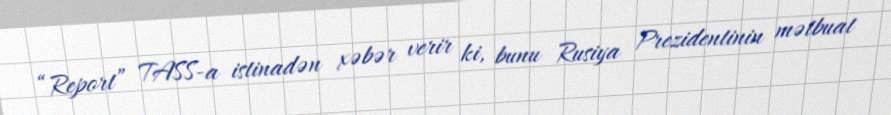
“Report” TASS-a istinadən xəbər verir ki, bunu Rusiya Prezidentinin mətbuat